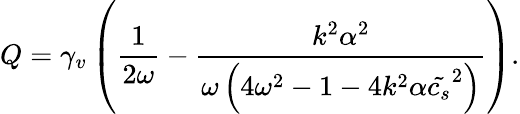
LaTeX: Q=\gamma_{v}\left(\frac{1}{2\omega}-\frac{k^{2}\alpha^{2}}{\omega\left(4\omega^{2}-1-4k^{2}\alpha\tilde{c_{s}}^{2}\right)}\right).